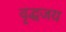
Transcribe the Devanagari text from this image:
वृद्धजय